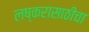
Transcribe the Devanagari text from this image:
लष्करासाठीचा